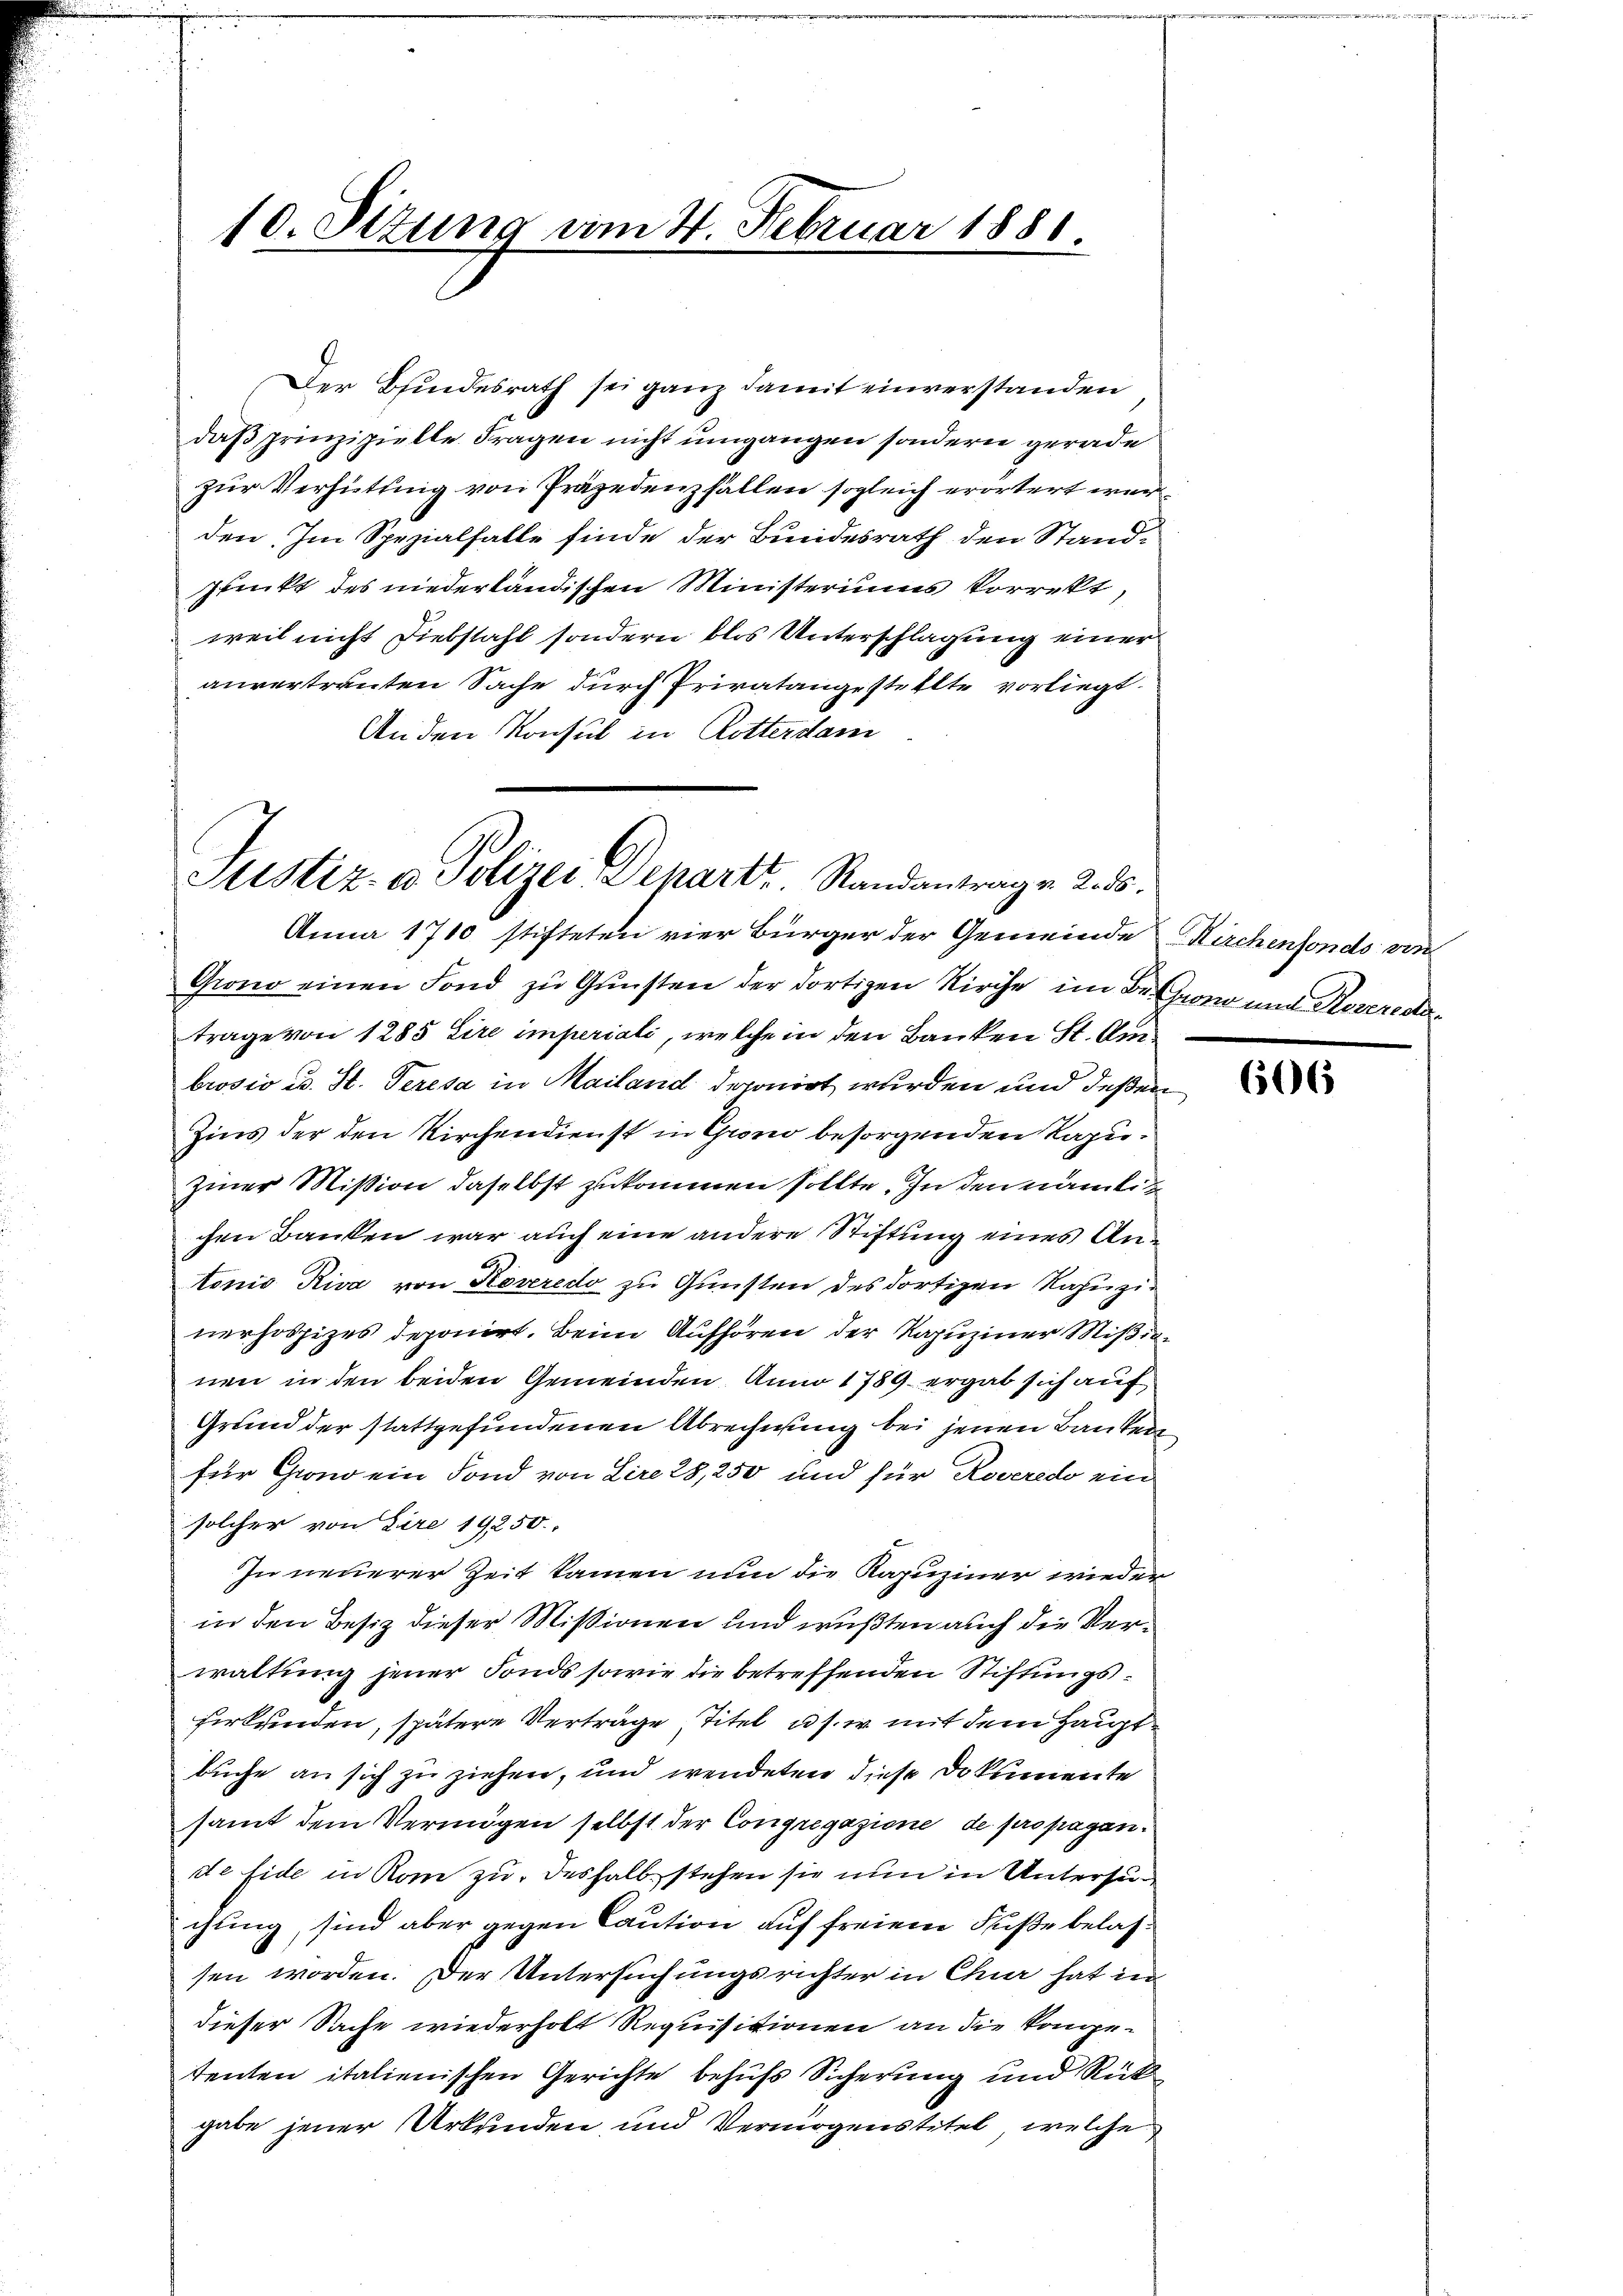
10. Sizung vom 4. Februar 1881.

Der Bindesrath sei ganz damit einverstanden
daß prinzipielle Fragen nicht umgangen sondern gerade
zur Verhüttung von Präjedenzfällen sogleich erörtert werden. Im Spezialfalle finde der Bundesrath den Standpunkt des niederländischen Ministeriums korrekt,
weil nicht Diebstahl sondern blos Unterschlagung einer
anvertrauten Sache durch Privatangestellte vorliegt.
An den Konsul in Rotterdam

Justiz- u. Polizei Depart. Randantrag v. 2. ds.

Anna 1710 stifteten vier Bürger der Gemeinde Kirchenfondo von
Grono einen Fond zŭ Gŭnsten der dortigen Kirche im Beron und Reveredatrage von 1285 Lire imperiali, welche in den Banken St. Ambrosio u. St. Peresa in Mailand deponirt wurden und deßen
Zins der den Kirchendienst in Grono besorgenden Kapuziner Mission daselbst zukommen sollte. In den nämlic
chen Banken war auch eine andere Stiftung eines Antonio Riva von Roveredo zu Gunsten des dortigen Rahnzinerhospizes deponirt. Beim Aufhören der Kapuziner Mißionen in den beiden Gemeinden Anno 1789 ergab sich auf
Grund der stattgefundenen Abrechnung bei jenen Banken
für Grono ein Fond von Lire 28, 250 und für Roveredo ein
solcher von Lire 19250.
In neuerer Zeit kamen nun die Kapuziner wieder
in den Besiz dieser Missionen und wußten auch die Verwaltung jener Fonds sowie die betreffenden Stiftungsferkunden, spätere Verträge Titel u. s. w. mit dem Hauptbuche an sich zu ziehen, und wendeten diese Dokumente
samt dem Vermögen selbst der Congregazione de pro pagande Eide in Rom zu, deshalb stehen sie nun in Untersuchung, sind aber gegen Caution auf freiem Fuße belassen worden. Der Untersuchungsrichter in Chur hat in
dieser Sache wiederholt Requisitionen an die kompetenten italienischen Gerichte behufs Sicherung und Rückgabe jener Urkunden, und Vermögenstitel, welche

606